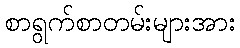
စာရွက်စာတမ်းများအား